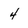
Character: 4